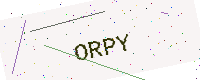
Text: ORPY